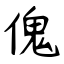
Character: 傀